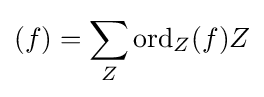
(f)=\sum _{Z}\operatorname {ord} _{Z}(f)Z